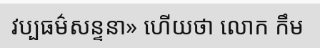
វប្បធម៌សន្ទនា» ហើយថា លោក កឹម